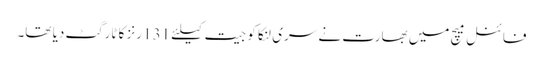
فائنل میچ میں بھارت نے سری لنکا کو جیت کیلئے 131 رنز کا ٹارگٹ دیا تھا۔